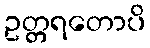
ဥတ္တရတောပိ